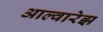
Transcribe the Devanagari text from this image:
आल्वारेझ